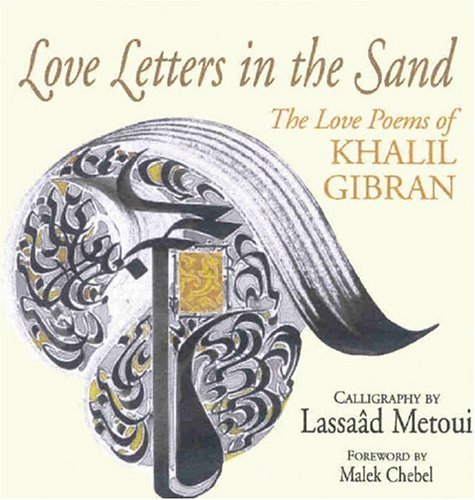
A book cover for Love Letters in the Sand: The Love Poems of Khalil Gibran; Khalil Gibran; Literature & Fiction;